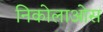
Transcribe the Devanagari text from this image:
निकोलाओस